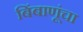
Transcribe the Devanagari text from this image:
बिंबाणूंचा